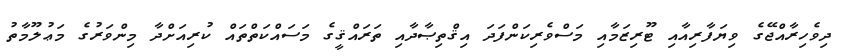
ދިވެހިރާއްޖޭގެ ވިޔަފާރިއާއި ޓޫރިޒަމާއި މަސްވެރިކަންފަދަ އިޤްތިޞާދާއި ތަރައްޤީގެ މަސައްކަތްތައް ކުރިއަށްދާ މިންވަރުގެ މަޢުލޫމާތު